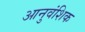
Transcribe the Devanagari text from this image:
आनुवंशिक